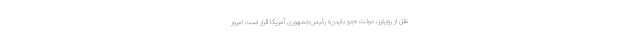
نقل از رویترز، دولت «جو بایدن» رئیس‌جمهوری آمریکا قرار است امروز